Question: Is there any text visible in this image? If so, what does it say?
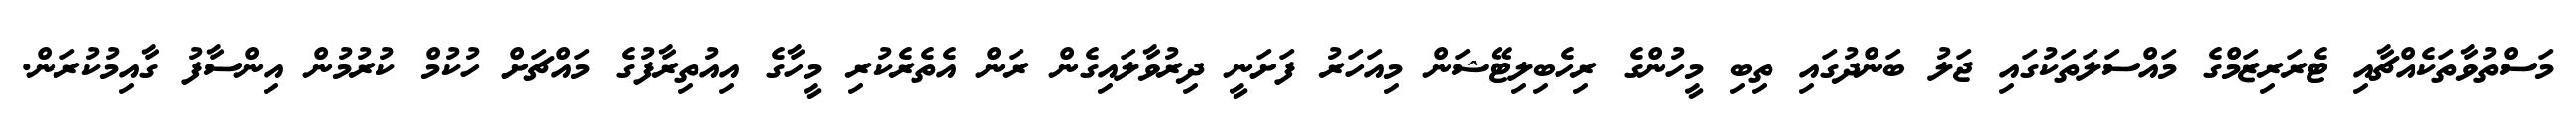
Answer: މަސްތުވާތަކެއްޗާއި ޓެރަރިޒަމްގެ މައްސަލަތަކުގައި ޖަލު ބަންދުގައި ތިބި މީހުންގެ ރިހެބިލިޓޭޝަން މިއަހަރު ފަށަނީ ދިރުވާލައިގެން ރަން އެތެރެކުރި މީހާގެ އިއުތިރާފުގެ މައްޗަށް ހުކުމް ކުރުމުން އިންސާފު ގާއިމުކުރަން.